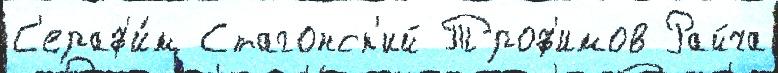
С'ераф'и́м Стагонск'ий Троф'имов Райча